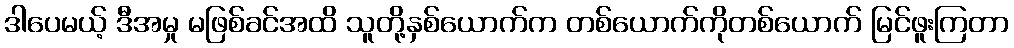
ဒါပေမယ့် ဒီအမှု မဖြစ်ခင်အထိ သူတို့နှစ်ယောက်က တစ်ယောက်ကိုတစ်ယောက် မြင်ဖူးကြတာ